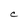
Character: C